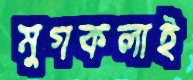
মুগকলাই